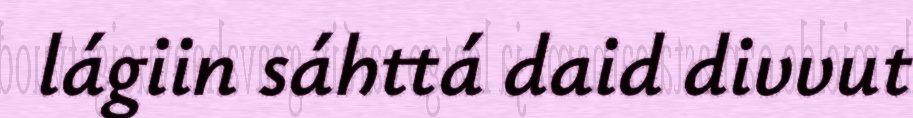
lágiin sáhttá daid divvut